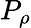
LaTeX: P_{\rho}